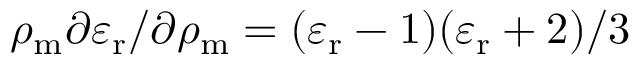
\rho _ { \mathrm { m } } \partial \varepsilon _ { \mathrm { r } } / \partial \rho _ { \mathrm { m } } = ( \varepsilon _ { \mathrm { r } } - 1 ) ( \varepsilon _ { \mathrm { r } } + 2 ) / 3